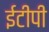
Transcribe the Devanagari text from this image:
ईटीपी